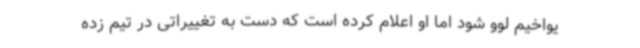
یواخیم لوو شود اما او اعلام کرده است که دست به تغییراتی در تیم زده